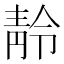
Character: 𩇙